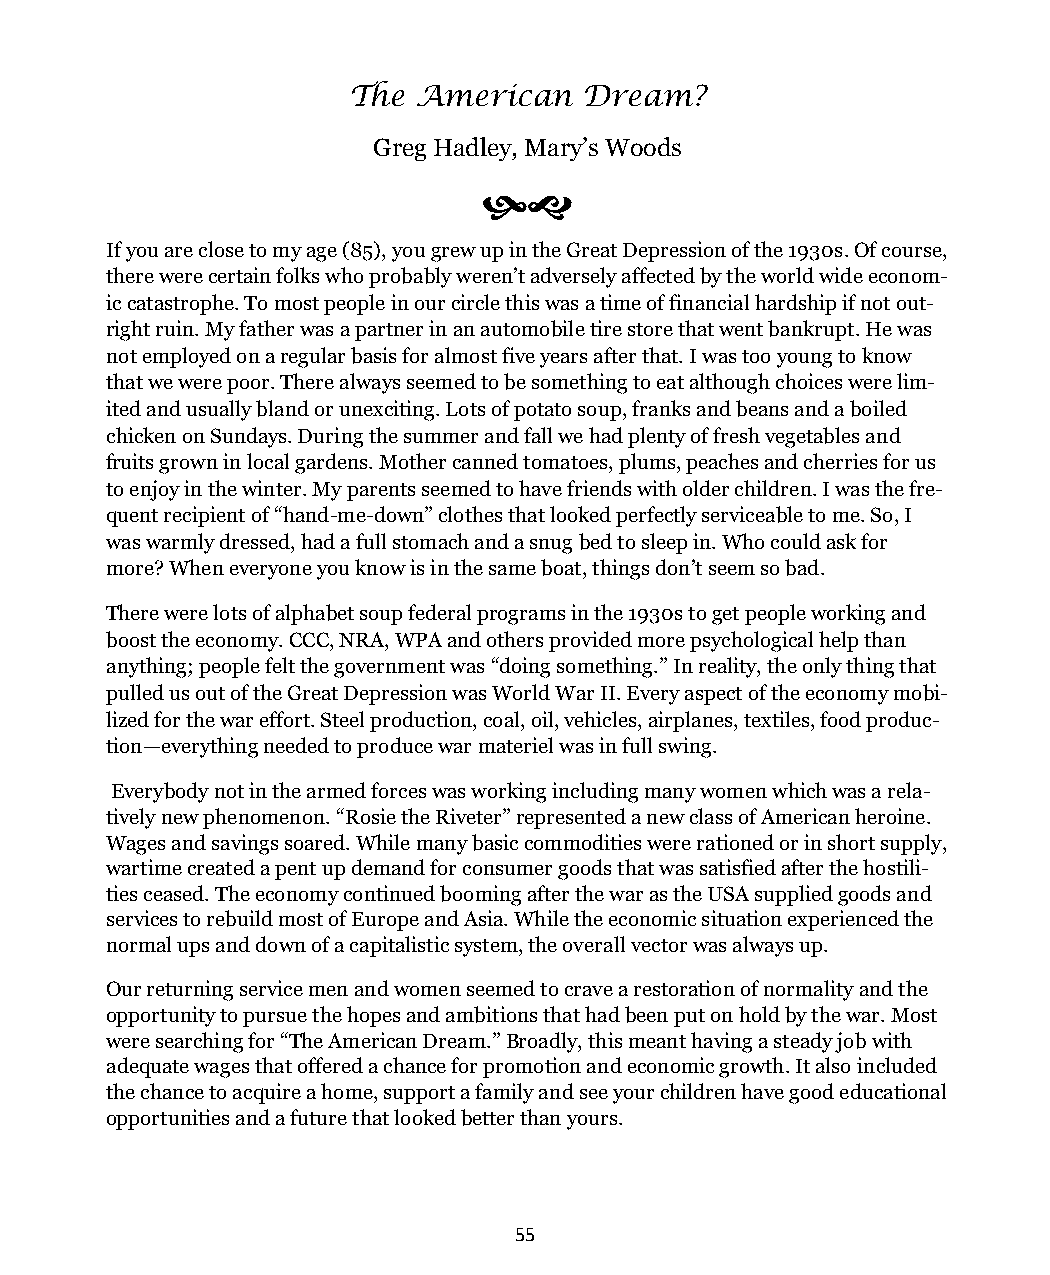
The American    Dream?
 Greg Hadley, Mary’s Woods
 
 If you are close to my age (85), you grew up in the Great Depression of the 1930s. Of course,
 there were certain folks who probably weren’t adversely affected by the world wide econom-
 ic catastrophe. To most people in our circle this was a time of financial hardship if not out-
 right ruin. My father was a partner in an automobile tire store that went bankrupt. He was
 not employed on a regular basis for almost five years after that. I was too young to know
 that we were poor. There always seemed to be something to eat although choices were lim-
 ited and usually bland or unexciting. Lots of potato soup, franks and beans and a boiled
 chicken on Sundays. During the summer and fall we had plenty of fresh vegetables and
 fruits grown in local gardens. Mother canned tomatoes, plums, peaches and cherries for us
 to enjoy in the winter. My parents seemed to have friends with older children. I was the fre-
 quent recipient of “hand-me-down” clothes that looked perfectly serviceable to me. So, I
 was warmly dressed, had a full stomach and a snug bed to sleep in. Who could ask for
 more? When everyone you know is in the same boat, things don’t seem so bad.
 There were lots of alphabet soup federal programs in the 1930s to get people working and
 boost the economy. CCC, NRA, WPA and others provided more psychological help than
 anything; people felt the government was “doing something.” In reality, the only thing that
 pulled us out of the Great Depression was World War II. Every aspect of the economy mobi-
 lized for the war effort. Steel production, coal, oil, vehicles, airplanes, textiles, food produc-
 tion—everything needed to produce war materiel was in full swing.
 Everybody not in the armed forces was working including many women which was a rela-
 tively new phenomenon. “Rosie the Riveter” represented a new class of American heroine.
 Wages and savings soared. While many basic commodities were rationed or in short supply,
 wartime created a pent up demand for consumer goods that was satisfied after the hostili-
 ties ceased. The economy continued booming after the war as the USA supplied goods and
 services to rebuild most of Europe and Asia. While the economic situation experienced the
 normal ups and down of a capitalistic system, the overall vector was always up.
 Our returning service men and women seemed to crave a restoration of normality and the
 opportunity to pursue the hopes and ambitions that had been put on hold by the war. Most
 were searching for “The American Dream.” Broadly, this meant having a steady job with
 adequate wages that offered a chance for promotion and economic growth. It also included
 the chance to acquire a home, support a family and see your children have good educational
 opportunities and a future that looked better than yours.
 55